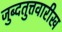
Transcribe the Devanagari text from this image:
जुब्दतुत्तवारीख